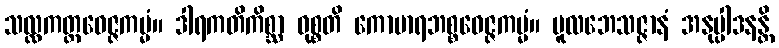
သလ္လကတ္တဝေဇ္ဇကမ္မံ။ ဒါရကတိကိစ္ဆာ ဝုစ္စတိ ကောမာရဘစ္စဝေဇ္ဇကမ္မံ။ မူလဘေသဇ္ဇာနံ အနုပ္ပါဒနန္တိ